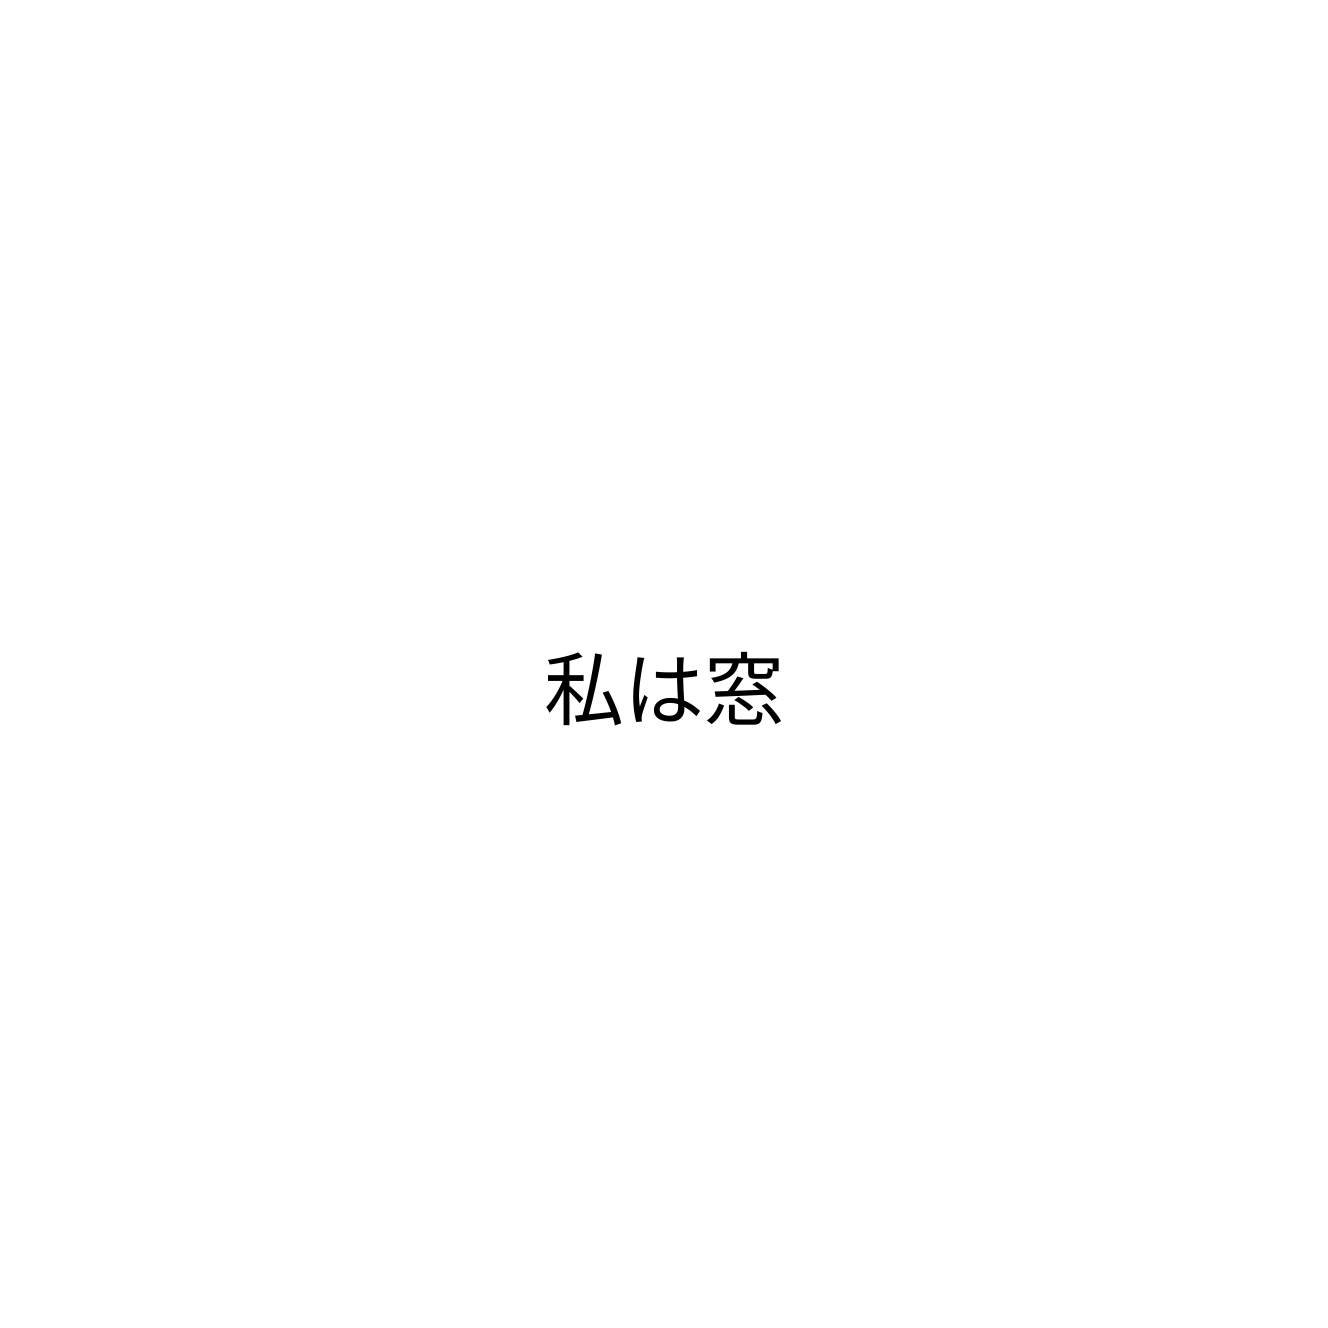
私は窓